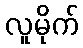
လူမိုက်